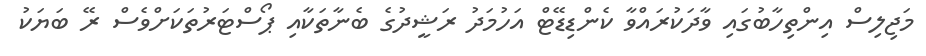
މަޖިލިސް އިންތިހާބުގައި ވާދަކުރައްވާ ކެންޑިޑޭޓް އަހުމަދު ރަޝީދުގެ ބެނާތަކާއި ޕޯސްޓަރުތަކަށްވެސް ރޭ ބަޔަކު